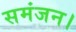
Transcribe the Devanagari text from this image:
समंजन।